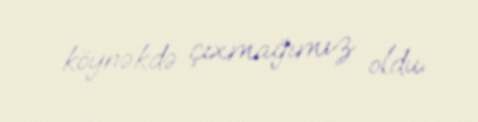
köynəkdə çıxmağımız oldu.